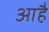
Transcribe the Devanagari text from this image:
आहै